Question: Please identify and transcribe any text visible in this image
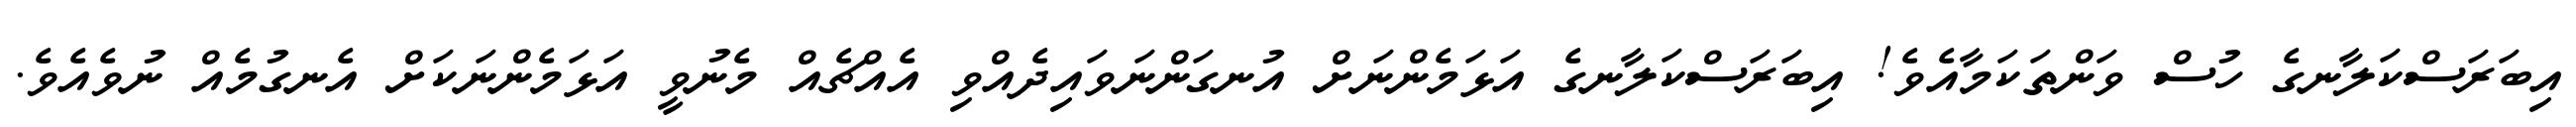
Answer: އިބަރަސްކަލާނގެ ހުސް ވަންތަކަމާއެވެ! އިބަރަސްކަލާނގެ އަޅަމެންނަށް އުނގަންނަވައިދެއްވި އެއްޗެއް މެނުވީ އަޅަމެންނަކަށް އެނގުމެއް ނުވެއެވެ.